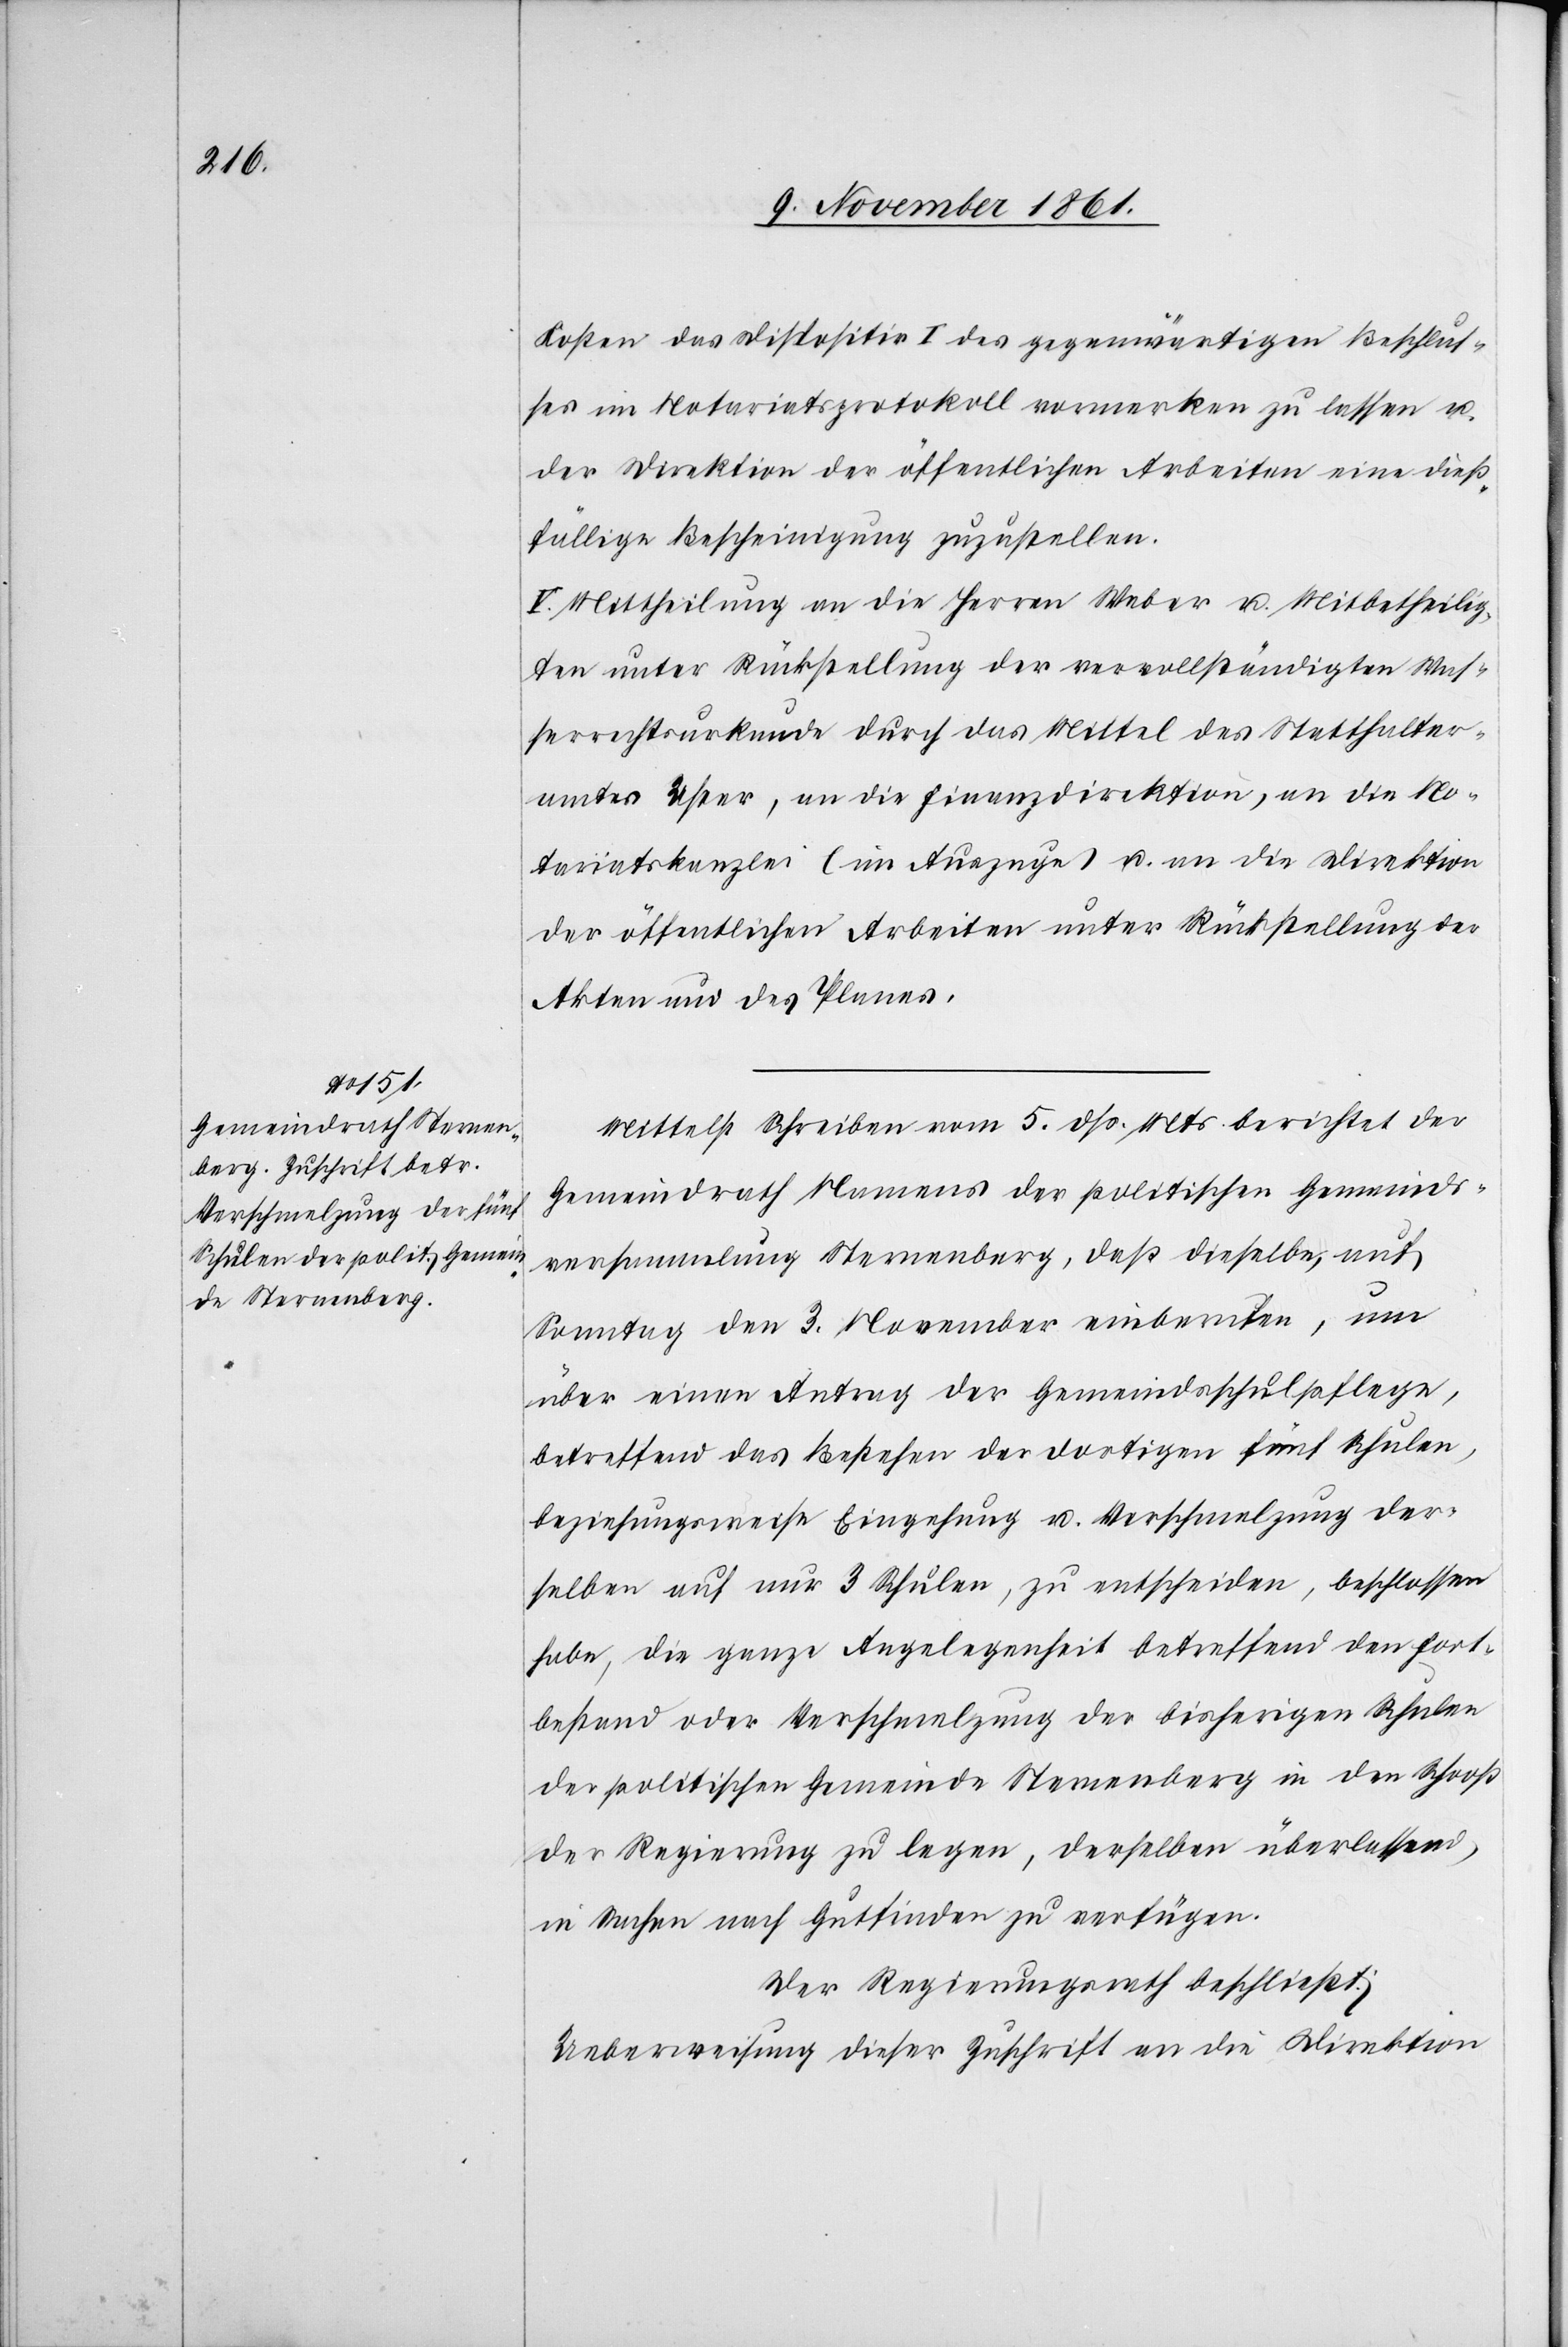
Kosten das Dispositiv I des gegenwärtigen Beschlus¬
ses im Notariatsprotokoll vormerken zu lassen u.
der Direktion der öffentlichen Arbeiten eine dieß¬
fällige Bescheinigung zuzustellen.
V. Mittheilung an die Herrn Weber u. Mitbetheilig¬
ten unter Rückstellung der vervollständigten Was¬
serrechtsurkunde durch das Mittel des Statthalter¬
amtes Uster, an die Finanzdirektion, an die No¬
tariatskanzlei (im Auszuge) u. an die Direktion
der öffentlichen Arbeiten unter Rückstellung der
Akten und des Planes.
Mittelst Schreiben vom 5 dß. Mts. berichtet der
Gemeindrath Namens der politischen Gemeinds¬
versammlung Sternenberg, daß dieselbe, auf
Samstag den 3 November einberufen, um
über einen Antrag der Gemeindsschulpflege,
betreffend das Bestehen der dortigen fünf Schulen,
beziehungsweise Eingehung u. Verschmelzung der¬
selben auf nur 3 Schulen, zu entscheiden, beschlossen
habe, die ganze Angelegenheit betreffend den Fort¬
bestand oder Verschmelzung der bisherigen Schulen
der politischen Gemeinde Sternenberg in den Schooß
der Regierung zu legen, derselben überlassend,
in Sachen nach Gutfinden zu verfügen.
Der Regierungsrath beschließt:
Ueberweisung dieser Zuschrift an die Direktion